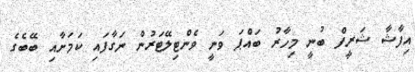
އިފާޝާ ޝަރީފް ބުނީ މިހާރު ބައްޕަ ވަނީ ވެންޓިލޭޓަރުން ނަގާފައި ކަމަށާއި ބޭބެގެ